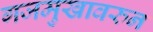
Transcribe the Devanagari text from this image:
गजमुखावरुन